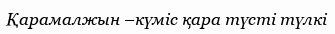
Қарамалжын –күміс қара түсті түлкі